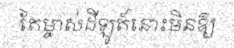
តែម្ចាស់ដីឡូត៍នោះមិនឱ្យ